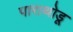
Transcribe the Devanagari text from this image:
पाराथोडू